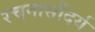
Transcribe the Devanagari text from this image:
रचनासौंदर्य